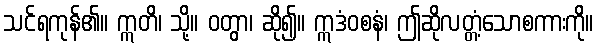
သင်ရကုန်၏။ ဣတိ၊ သို့။ ဝတွာ၊ ဆို၍။ ဣဒံဝစနံ၊ ဤဆိုလတ္တံ့သောစကားကို။